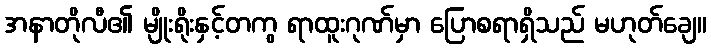
အနာတိုလီ၏ မျိုးရိုးနှင့်တကွ ရာထူးဂုဏ်မှာ ပြောစရာရှိသည် မဟုတ်ချေ။